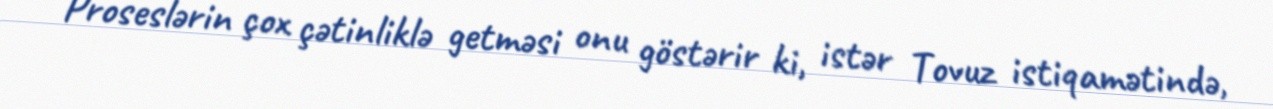
Proseslərin çox çətinliklə getməsi onu göstərir ki, istər Tovuz istiqamətində,